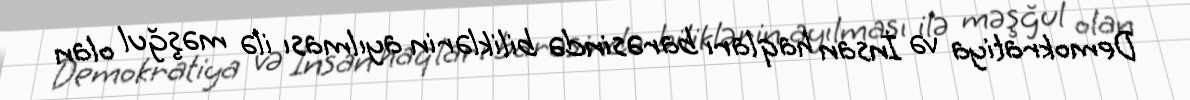
Demokratiya və İnsan haqları barəsində biliklərin ayılması ilə məşğul olan